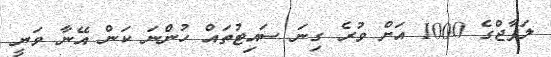
ލަފާޖްގެ 1000 އަށް ވުރެ ގިނަ ސައިޓުތައް ހުންނަ ކަން އޭނާ ވަނީ